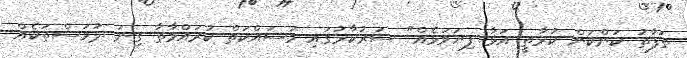
ތަފާތު ކަންކަން ކުރާތީ އަޅާ ފިޔަވަޅެއް" ސަރުކާރުގައި މަސައްކަތް ކުރައްވާތާ ގިނަ ދުވަސްތަކެއް